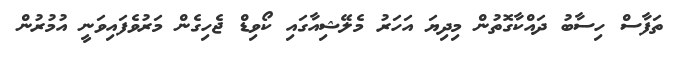
ތަފާސް ހިސާބު ދައްކާގޮތުން މިދިޔަ އަހަރު މެލޭޝިއާގައި ކޯވިޑް ޖެހިގެން މަރުވެފައިވަނީ އުމުރުން